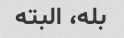
بله، البته